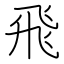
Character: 飛